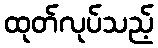
ထုတ်လုပ်သည့်